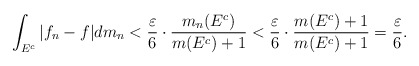
\begin{align*}\int_{E^c}|f_n-f|dm_n< \frac{ \varepsilon }{6} \cdot \frac{m_n(E^c )}{m(E^c)+1} < \frac{ \varepsilon }{6} \cdot \frac{ m(E^c)+1}{m(E^c)+1} =\frac{ \varepsilon }{6}.\end{align*}